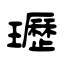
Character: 瓑